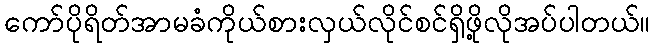
ကော်ပိုရိတ်အာမခံကိုယ်စားလှယ်လိုင်စင်ရှိဖို့လိုအပ်ပါတယ်။